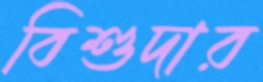
বিশুদার